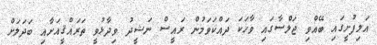
އަލިފުށީގައި ބޭއްވި ޖަލްސާގައި ވާހަކަ ދައްކަވަމުން ރައީސް ނަޝީދު ވިދާޅުވީ ތަރައްޤީއަށާއި ބަދަލަށް